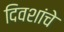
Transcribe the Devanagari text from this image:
दिवशांचे